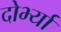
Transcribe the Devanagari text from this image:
दोर्भ्यां